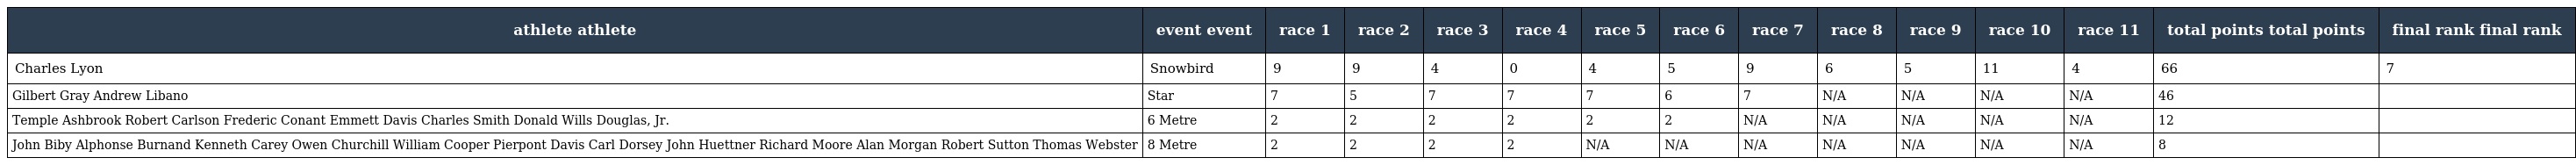
| athlete athlete | event event | race 1 | race 2 | race 3 | race 4 | race 5 | race 6 | race 7 | race 8 | race 9 | race 10 | race 11 | total points total points | final rank final rank |
 | --- | --- | --- | --- | --- | --- | --- | --- | --- | --- | --- | --- | --- | --- | --- |
 | Charles Lyon | Snowbird | 9 | 9 | 4 | 0 | 4 | 5 | 9 | 6 | 5 | 11 | 4 | 66 | 7 |
 | Gilbert Gray Andrew Libano | Star | 7 | 5 | 7 | 7 | 7 | 6 | 7 | N/A | N/A | N/A | N/A | 46 |  |
 | Temple Ashbrook Robert Carlson Frederic Conant Emmett Davis Charles Smith Donald Wills Douglas, Jr. | 6 Metre | 2 | 2 | 2 | 2 | 2 | 2 | N/A | N/A | N/A | N/A | N/A | 12 |  |
 | John Biby Alphonse Burnand Kenneth Carey Owen Churchill William Cooper Pierpont Davis Carl Dorsey John Huettner Richard Moore Alan Morgan Robert Sutton Thomas Webster | 8 Metre | 2 | 2 | 2 | 2 | N/A | N/A | N/A | N/A | N/A | N/A | N/A | 8 |  |